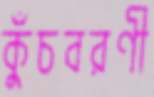
কুঁচবরণী